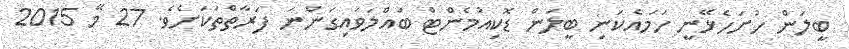
ބީލަން ހުށަހެޅޭނީ ހަމައެކަނި ބީލަން ޑޮކިއުމެންޓް ބައްލަވައިގަންނަ ފަރާތްތަކަށެވެ. 27 މޭ 2015